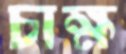
চাক্ষ